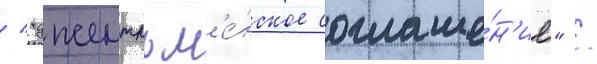
/ "джентльм'е́нское соглаше́н'ие" /